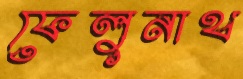
ফেলুনাথ